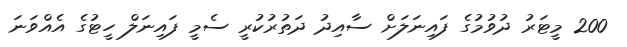
200 މީޓަރު ދުވުމުގެ ފައިނަލަށް ސާއިދު ދަތުރުކުރީ ސެމީ ފައިނަލް ހީޓުގެ އެއްވަނަ